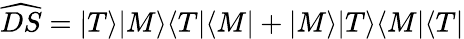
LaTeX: \widehat{DS}=|T\rangle|M\rangle\langle T|\langle M|+|M\rangle|T\rangle\langle M|\langle T|